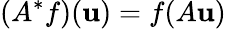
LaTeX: \left(A^{*}f\right)(\mathbf{u})=f(A\mathbf{u})